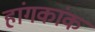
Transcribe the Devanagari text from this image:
हांगकांक